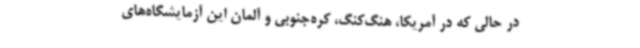
در حالی‌ که در آمریکا، هنگ‌کنگ، کره‌جنوبی و آلمان این آزمایشگاه‌های